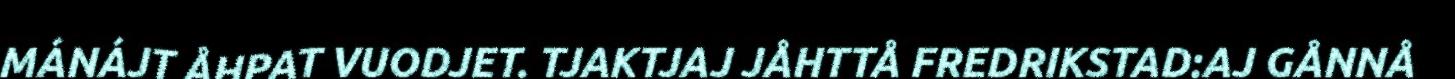
MÁNÁJT ÅHPAT VUODJET. TJAKTJAJ JÅHTTÅ FREDRIKSTAD:AJ GÅNNÅ